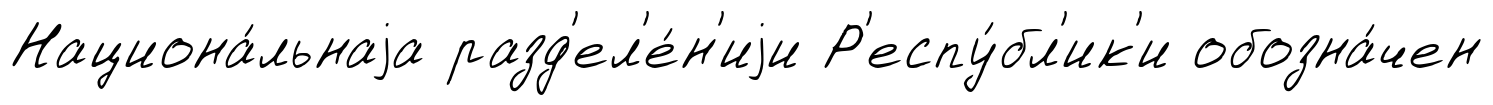
Национа́льнаjа разд'ел'е́н'иjи Р'еспу́бл'ик'и обозна́чен